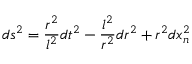
d s ^ { 2 } = \frac { r ^ { 2 } } { l ^ { 2 } } d t ^ { 2 } - \frac { l ^ { 2 } } { r ^ { 2 } } d r ^ { 2 } + r ^ { 2 } d x _ { n } ^ { 2 }